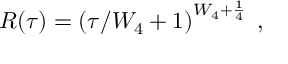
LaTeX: R ( \tau ) = \left( \tau / W _ { 4 } + 1 \right) ^ { W _ { 4 } + \frac { 1 } { 4 } } \; ,